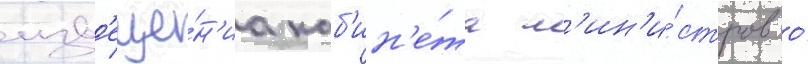
изв'еще́н'иа каб'ин'е́та м'ин'и́стров о́